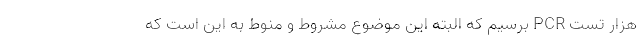
هزار تست PCR برسیم که البته این موضوع مشروط و منوط به این است که